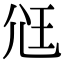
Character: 尩